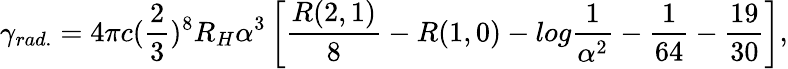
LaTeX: \gamma_{rad.}=4\pi c(\frac{2}{3})^{8}R_{H}\alpha^{3}\left[\frac{R(2,1)}{8}-R(1,0)-log\frac{1}{\alpha^{2}}-\frac{1}{64}-\frac{19}{30}\right],